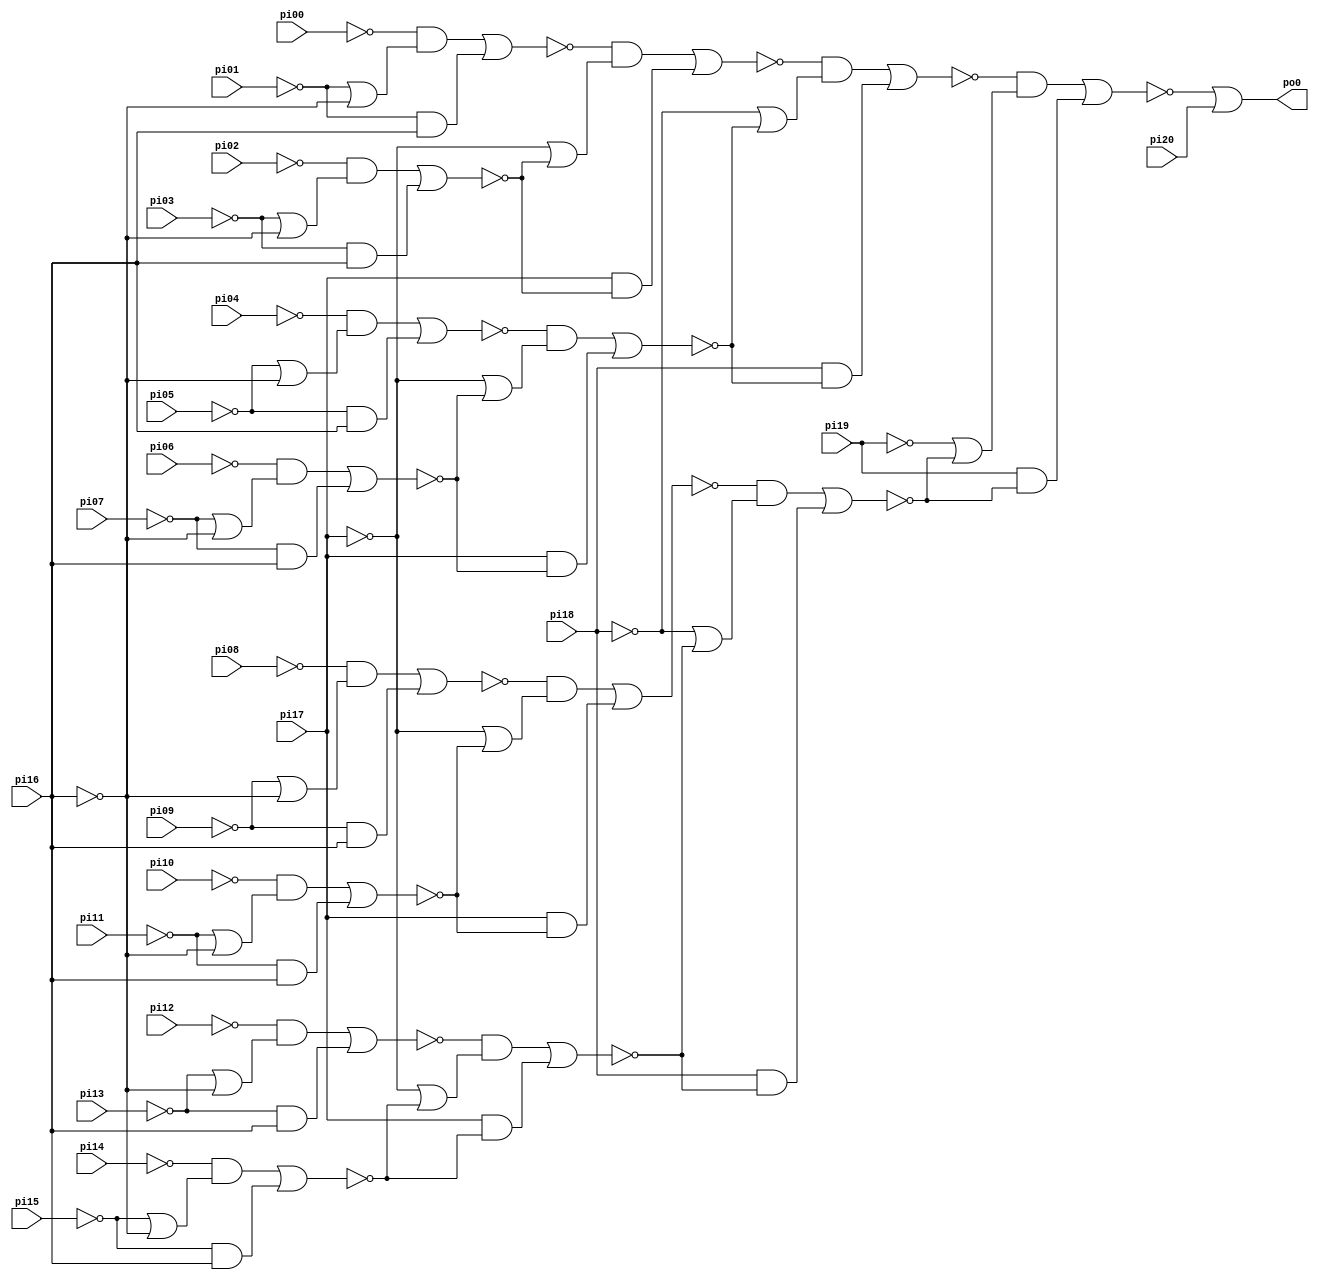
// Benchmark "CM150" written by ABC on Thu Mar 19 13:02:36 2020

module CM150 ( 
    pi00, pi01, pi02, pi03, pi04, pi05, pi06, pi07, pi08, pi09, pi10, pi11,
    pi12, pi13, pi14, pi15, pi16, pi17, pi18, pi19, pi20,
    po0  );
  input  pi00, pi01, pi02, pi03, pi04, pi05, pi06, pi07, pi08, pi09,
    pi10, pi11, pi12, pi13, pi14, pi15, pi16, pi17, pi18, pi19, pi20;
  output po0;
  wire new_n24_, new_n25_, new_n26_, new_n27_, new_n28_, new_n29_, new_n30_,
    new_n31_, new_n32_, new_n33_, new_n34_, new_n35_, new_n36_, new_n37_,
    new_n38_;
  assign po0 = ~new_n38_ | pi20;
  assign new_n24_ = (~pi00 & (~pi01 | ~pi16)) | (~pi01 & pi16);
  assign new_n25_ = (~pi02 & (~pi03 | ~pi16)) | (~pi03 & pi16);
  assign new_n26_ = (~pi04 & (~pi05 | ~pi16)) | (~pi05 & pi16);
  assign new_n27_ = (~pi06 & (~pi07 | ~pi16)) | (~pi07 & pi16);
  assign new_n28_ = (~new_n24_ & (~pi17 | ~new_n25_)) | (pi17 & ~new_n25_);
  assign new_n29_ = (~new_n26_ & (~pi17 | ~new_n27_)) | (pi17 & ~new_n27_);
  assign new_n30_ = (~new_n28_ & (~pi18 | ~new_n29_)) | (pi18 & ~new_n29_);
  assign new_n31_ = (~pi08 & (~pi09 | ~pi16)) | (~pi09 & pi16);
  assign new_n32_ = (~pi10 & (~pi11 | ~pi16)) | (~pi11 & pi16);
  assign new_n33_ = (~pi12 & (~pi13 | ~pi16)) | (~pi13 & pi16);
  assign new_n34_ = (~pi14 & (~pi15 | ~pi16)) | (~pi15 & pi16);
  assign new_n35_ = (~new_n31_ & (~pi17 | ~new_n32_)) | (pi17 & ~new_n32_);
  assign new_n36_ = (~new_n33_ & (~pi17 | ~new_n34_)) | (pi17 & ~new_n34_);
  assign new_n37_ = (~new_n35_ & (~pi18 | ~new_n36_)) | (pi18 & ~new_n36_);
  assign new_n38_ = (~new_n30_ & (~pi19 | ~new_n37_)) | (pi19 & ~new_n37_);
endmodule